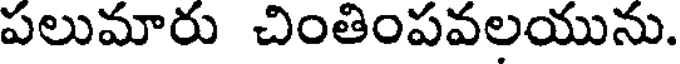
పలుమారు చింతింపవలయును.